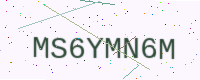
Text: MS6YMN6M